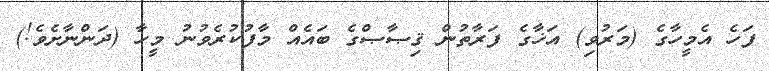
ފަހެ އެމީހާގެ (މަރުވި) އަޚާގެ ފަރާތުން ޤިޞާޞްގެ ބައެއް މާފުކުރެވުނު މީހާ (ދަންނާށެވެ!)